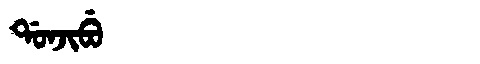
Manchu: ᡩᠣᠨᠵᡳᠪᡠ
Romanization: DONJIBU